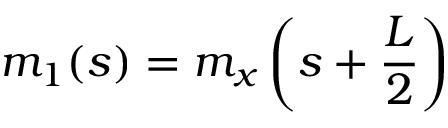
m _ { 1 } ( s ) = m _ { x } \left( s + \frac { L } { 2 } \right)